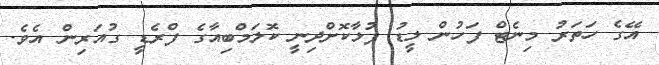
އޭގެ ހަތަރު މިނެޓް ފަހުން ލީޑު ފުޅާކޮށްދިނީ ކޮލަމްބިއާގެ ފްރެޑީ ގުއަރިން އެވެ.